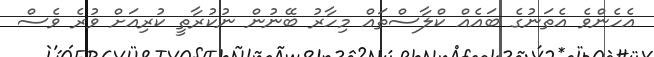
އެހެންވެ އެތަނުގެ ބައެއް ކްލާސްތައް މިހާރު ބޭނުން ނުކުރާތީ ކުރިއަށް ވުރެ ވެސް